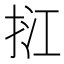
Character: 𢬥